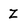
Character: Z